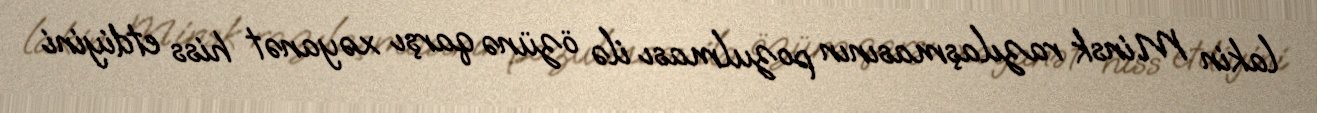
lakin Minsk razılaşmasının pozulması ilə özünə qarşı xəyanət hiss etdiyini